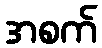
အစက်